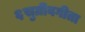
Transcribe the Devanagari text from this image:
६सुग्रीवगीता